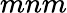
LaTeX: mnm